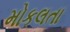
મોકલતા